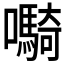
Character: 𫬷